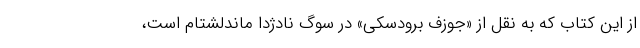
از این کتاب که به نقل از «جوزف برودسکی» در سوگ نادژدا ماندلشتام است،